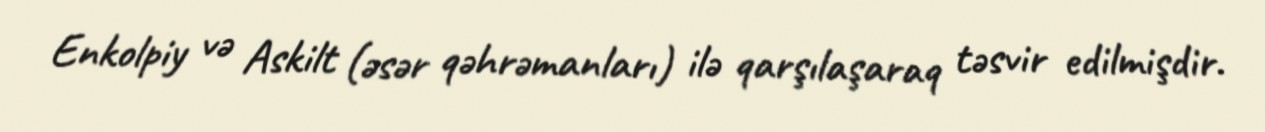
Enkolpiy və Askilt (əsər qəhrəmanları) ilə qarşılaşaraq təsvir edilmişdir.